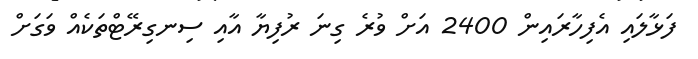
ފަޅާލައި އެފިހާރައިން 2400 އަށް ވުރެ ގިނަ ރުފިޔާ އާއި ސިނގިރޭޓްތަކެއް ވަގަށް